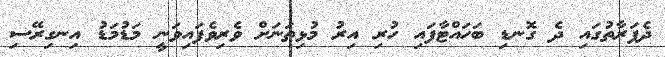
ދެފަރާތުގައި ދެ ގޮނޑި ބަހައްޓާފައި ހުރި އިރު މުޅިތަނަށް ވެރިވެފައިވަނީ މަޑުމަޑު އިނގިރޭސި